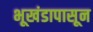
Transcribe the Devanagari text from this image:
भूखंडापासून